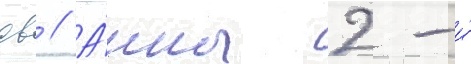
св // А́нны 2-и́